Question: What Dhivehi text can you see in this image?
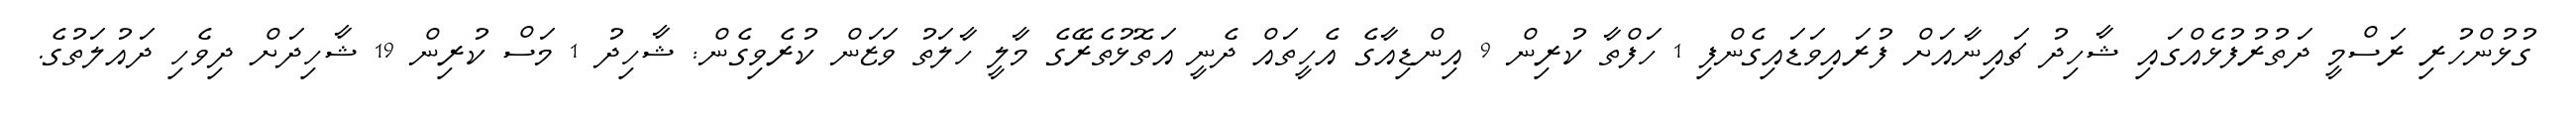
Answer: ގުޅުންހުރި ރަސްމީ ދަތުރުފުޅެއްގައި ޝާހިދު ޗައިނާއަށް ފުރައިވަޑައިގެންފި 1 ހަފްތާ ކުރިން 9 އިންޑިއާގެ އެހީތައް ދެނީ އަތޮޅުތެރޭގެ މާލީ ހާލަތު ވަޒަން ކުރެވިގެން: ޝާހިދު 1 މަސް ކުރިން 19 ޝާހިދަށް ދިވެހި ދައުލަތުގެ.